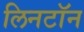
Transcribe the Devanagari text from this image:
लिनटॉन